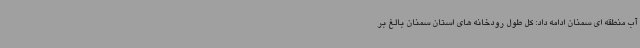
آب منطقه ای سمنان ادامه داد: کل طول رودخانه های استان سمنان بالغ بر